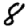
Digit: 8